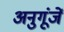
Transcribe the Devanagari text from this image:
अनुगूंजें